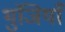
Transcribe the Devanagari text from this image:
भुंजियाँ